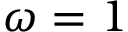
\omega = 1